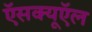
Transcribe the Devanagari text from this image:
ऍसक्यूऍल